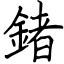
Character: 鍺